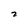
Character: 7